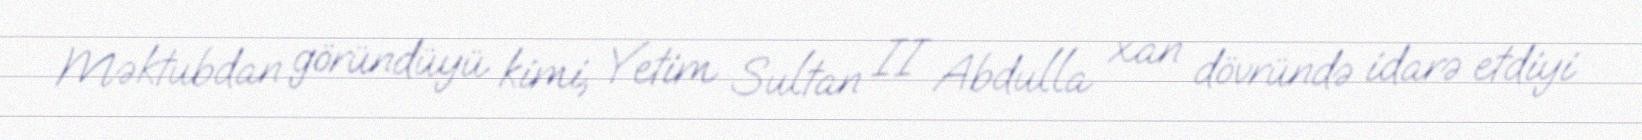
Məktubdan göründüyü kimi, Yetim Sultan II Abdulla xan dövründə idarə etdiyi